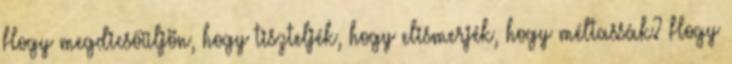
Hogy megdicsőüljön, hogy tiszteljék, hogy elismerjék, hogy méltassák? Hogy